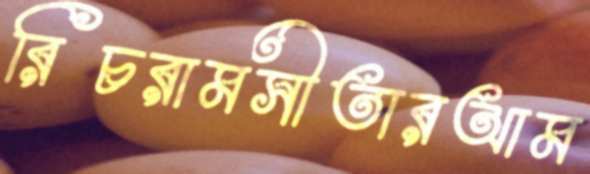
রিচরামসীতারআম